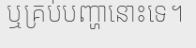
ឬគ្រប់បញ្ហានោះទេ។